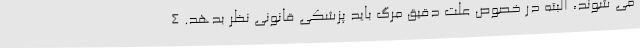
می شوند، البته در خصوص علت دقیق مرگ باید پزشکی قانونی نظر بدهد. 4